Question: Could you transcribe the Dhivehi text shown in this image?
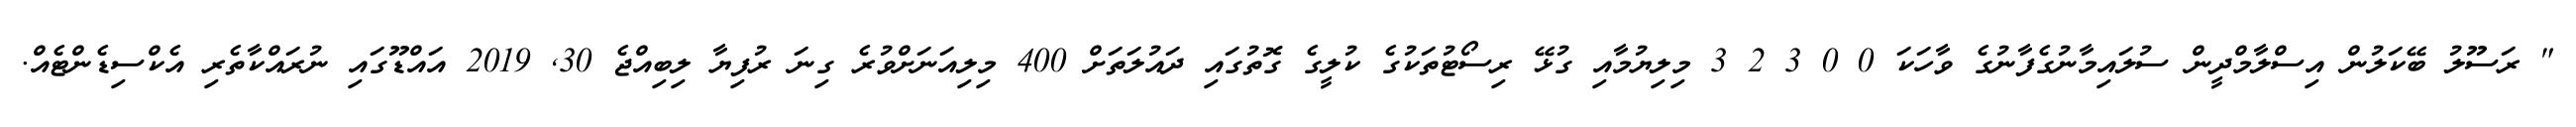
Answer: " ރަސޫލު ބޭކަލުން އިސްލާމްދީން ސުލައިމާނުގެފާނުގެ ވާހަކަ 0 0 3 2 3 މިލިޔުމާއި ގުޅޭ ރިސޯޓުތަކުގެ ކުލީގެ ގޮތުގައި ދައުލަތަށް 400 މިލިއަނަށްވުރެ ގިނަ ރުފިޔާ ލިބިއްޖެ 30, 2019 އައްޑޫގައި ނުރައްކާތެރި އެކްސިޑެންޓެއް.